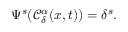
\Psi ^ { s } ( \mathcal { C } _ { \delta } ^ { \alpha } ( x , t ) ) = \delta ^ { s } .